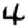
Digit: 4